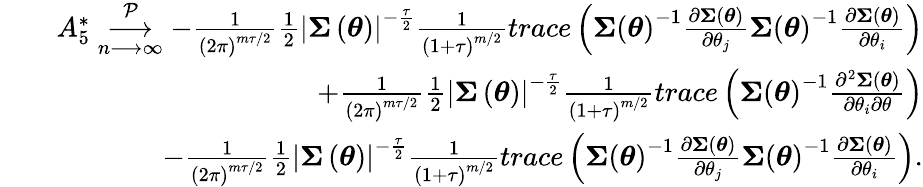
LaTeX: \begin{array}{rlr}&{}&{A_{5}^{\ast}\underset{n\longrightarrow\infty}{\overset{\mathcal{P}}{\longrightarrow}}-\frac{1}{\left(2\pi\right)^{m\tau/2}}\frac{1}{2}\left\vert\boldsymbol{\Sigma}\left(\boldsymbol{\theta}\right)\right\vert^{-\frac{\tau}{2}}\frac{1}{\left(1+\tau\right)^{m/2}}trace\left(\boldsymbol{\Sigma}\left(\boldsymbol{\theta}\right)^{-1}\frac{\partial\boldsymbol{\Sigma}\left(\boldsymbol{\theta}\right)}{\partial\theta_{j}}\boldsymbol{\Sigma}\left(\boldsymbol{\theta}\right)^{-1}\frac{\partial\boldsymbol{\Sigma}\left(\boldsymbol{\theta}\right)}{\partial\theta_{i}}\right)}\\ &{}&{+\frac{1}{\left(2\pi\right)^{m\tau/2}}\frac{1}{2}\left\vert\boldsymbol{\Sigma}\left(\boldsymbol{\theta}\right)\right\vert^{-\frac{\tau}{2}}\frac{1}{\left(1+\tau\right)^{m/2}}trace\left(\boldsymbol{\Sigma}\left(\boldsymbol{\theta}\right)^{-1}\frac{\partial^{2}\boldsymbol{\Sigma}\left(\boldsymbol{\theta}\right)}{\partial\theta_{i}\partial\theta}\right)}\\ &{}&{-\frac{1}{\left(2\pi\right)^{m\tau/2}}\frac{1}{2}\left\vert\boldsymbol{\Sigma}\left(\boldsymbol{\theta}\right)\right\vert^{-\frac{\tau}{2}}\frac{1}{\left(1+\tau\right)^{m/2}}trace\left(\boldsymbol{\Sigma}\left(\boldsymbol{\theta}\right)^{-1}\frac{\partial\boldsymbol{\Sigma}\left(\boldsymbol{\theta}\right)}{\partial\theta_{j}}\boldsymbol{\Sigma}\left(\boldsymbol{\theta}\right)^{-1}\frac{\partial\boldsymbol{\Sigma}\left(\boldsymbol{\theta}\right)}{\partial\theta_{i}}\right).}\end{array}